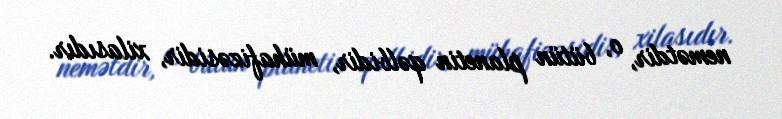
nemətdir, o, bütün planetin qəlbidir, mühafizəsidir, xilasıdır.